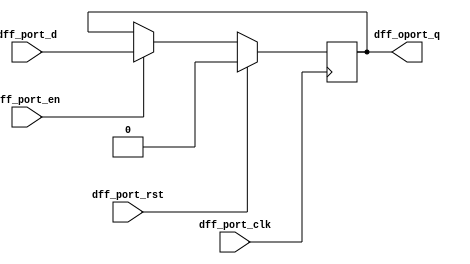
`timescale 1ns / 1ps
//////////////////////////////////////////////////////////////////////////////////
// Company: 
// Engineer: 
// 
// Design Name: 
// Module Name: dff
// Project Name: 
// Target Devices: 
// Tool Versions: 
// Description: 
// 
// Dependencies: 
// 
// Revision:
// Revision 0.01 - File Created
// Additional Comments:
// 
//////////////////////////////////////////////////////////////////////////////////


module dff(
    input dff_port_clk,
    input dff_port_rst,
    input dff_port_en,
    input dff_port_d,
    output dff_oport_q
    );
    reg dff_port_temp;
    
    always@(posedge dff_port_clk)
        begin:DFF_OP
            if(dff_port_rst)dff_port_temp <= 1'b0;
            else
                begin:Processing
                    if(dff_port_en)dff_port_temp <=dff_port_d;
                end
        end
        assign dff_oport_q = dff_port_temp;
endmodule